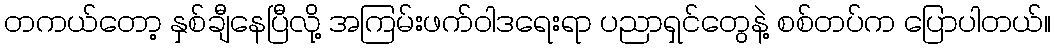
တကယ်တော့ နှစ်ချီနေပြီလို့ အကြမ်းဖက်ဝါဒရေးရာ ပညာရှင်တွေနဲ့ စစ်တပ်က ပြောပါတယ်။